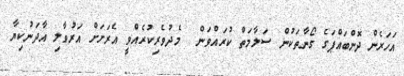
އަހަރެން ދޮންބައްޕަގެ ގޯނާތަކުން ސަލާމަތް ކުރައްވަން  މެދުވެރިކުރެއްވީ އެރަށަށް އަރުވާލި އާދަނުކިޔާ